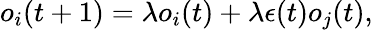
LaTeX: o_{i}(t+1)=\lambda o_{i}(t)+\lambda\epsilon(t)o_{j}(t),